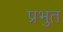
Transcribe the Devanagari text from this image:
प्रभुत